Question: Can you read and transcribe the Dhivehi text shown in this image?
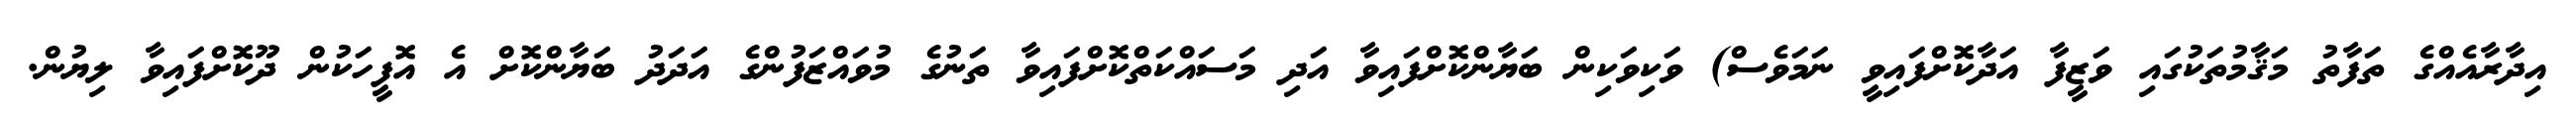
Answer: އިދާރާއެއްގެ ތަފާތު މަޤާމުތަކުގައި ވަޒީފާ އަދާކޮށްފައިވީ ނަމަވެސް) ވަކިވަކިން ބަޔާންކޮށްފައިވާ އަދި މަސައްކަތްކޮށްފައިވާ ތަނުގެ މުވައްޒަފުންގެ އަދަދު ބަޔާންކޮށް އެ އޮފީހަކުން ދޫކޮށްފައިވާ ލިޔުން.